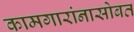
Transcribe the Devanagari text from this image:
कामगारांनासोबत